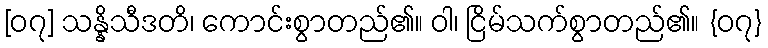
[၀၇] သန္နိသီဒတိ၊ ကောင်းစွာတည်၏။ ဝါ၊ ငြိမ်သက်စွာတည်၏။ {၀၇}